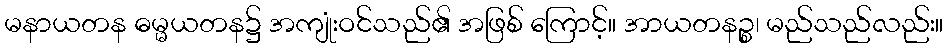
မနာယတန ဓမ္မယတန၌ အကျုံးဝင်သည်၏ အဖြစ် ကြောင့်။ အာယတနဉ္စ၊ မည်သည်လည်း။